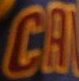
CA